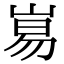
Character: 𡸑